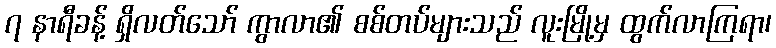
၇ နာရီခန့် ရှိလတ်သော် ကွာလာ၏ စစ်တပ်များသည် လူးမြို့မှ ထွက်လာကြရာ၊